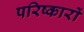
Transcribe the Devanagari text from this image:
परिष्कारों